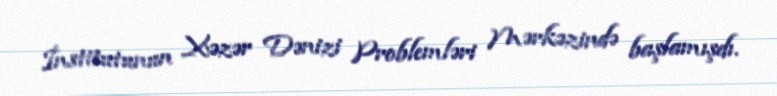
İnstitutunun Xəzər Dənizi Problemləri Mərkəzində başlamışdı.